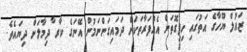
ޒައުލް ޔޫހާގެ އަތުގައި ހިފިގޮތަށް އެއްފަރާތަކަށް ދަމައިގަންނަމުން އޭނަގެ ކާރ ާދިމާލަށް ދިޔައެވެ.